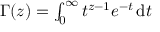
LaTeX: \textstyle \Gamma ( z ) = \int _ { 0 } ^ { \infty } t ^ { z - 1 } e ^ { - t } \, \mathrm { d } t